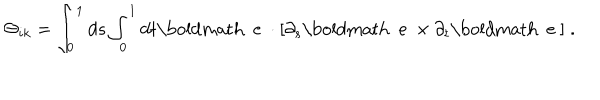
\Theta _ { i k } = \int _ { 0 } ^ { 1 } d s \int _ { 0 } ^ { 1 } d t { \mathrm { \boldmath ~ e ~ } } \cdot [ \partial _ { s } { \mathrm { \boldmath ~ e ~ } } \times \partial _ { t } { \mathrm { \boldmath ~ e ~ } } ] \; .